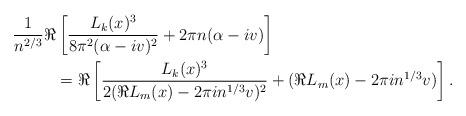
LaTeX: \begin{align*}\frac{1}{n^{2/3}} \Re &\left[\frac{ L_k(x)^3}{ 8 \pi^2 ( \alpha - iv)^2} + 2 \pi n ( \alpha - iv)\right] \\& =\Re\left[\frac{ L_k(x)^3}{ 2 ( \Re L_m(x) - 2 \pi i n^{1/3} v )^2}+( \Re L_m(x) - 2 \pi i n^{1/3} v )\right] .\end{align*}